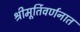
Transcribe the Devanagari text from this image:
श्रीमूर्तिवर्णनात